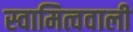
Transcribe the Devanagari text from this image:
स्वामित्ववाली